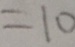
= 1 0